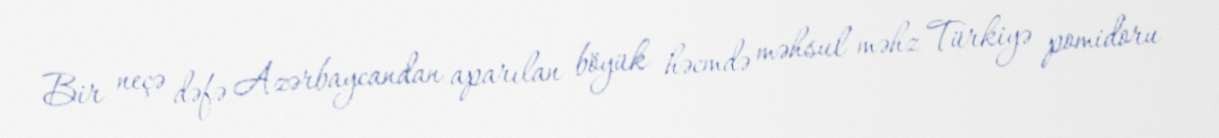
Bir neçə dəfə Azərbaycandan aparılan böyük həcmdə məhsul məhz Türkiyə pomidoru